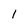
Character: 1